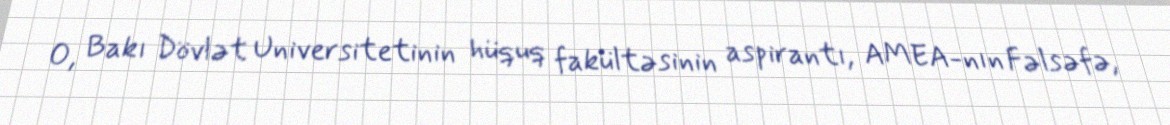
O, Bakı Dövlət Universitetinin hüquq fakültəsinin aspirantı, AMEA-nın Fəlsəfə,